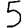
Digit: 5